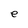
Character: e